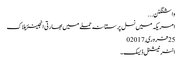
واشنگٹن ...
امریکہ میں نسل پرستانہ حملے میں بھارتی انجینئر ہلاک
25 فروری,2017	0
انٹر نیشنل ڈیسک۔